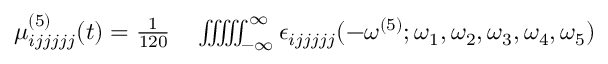
\begin{array} { r l } { \mu _ { i j j j j j } ^ { ( 5 ) } ( t ) = \frac { 1 } { 1 2 0 } } & { { } \iiint \! \! \! \iint _ { - \infty } ^ { \infty } \epsilon _ { i j j j j j } ( - \omega ^ { ( 5 ) } ; \omega _ { 1 } , \omega _ { 2 } , \omega _ { 3 } , \omega _ { 4 } , \omega _ { 5 } ) } \end{array}